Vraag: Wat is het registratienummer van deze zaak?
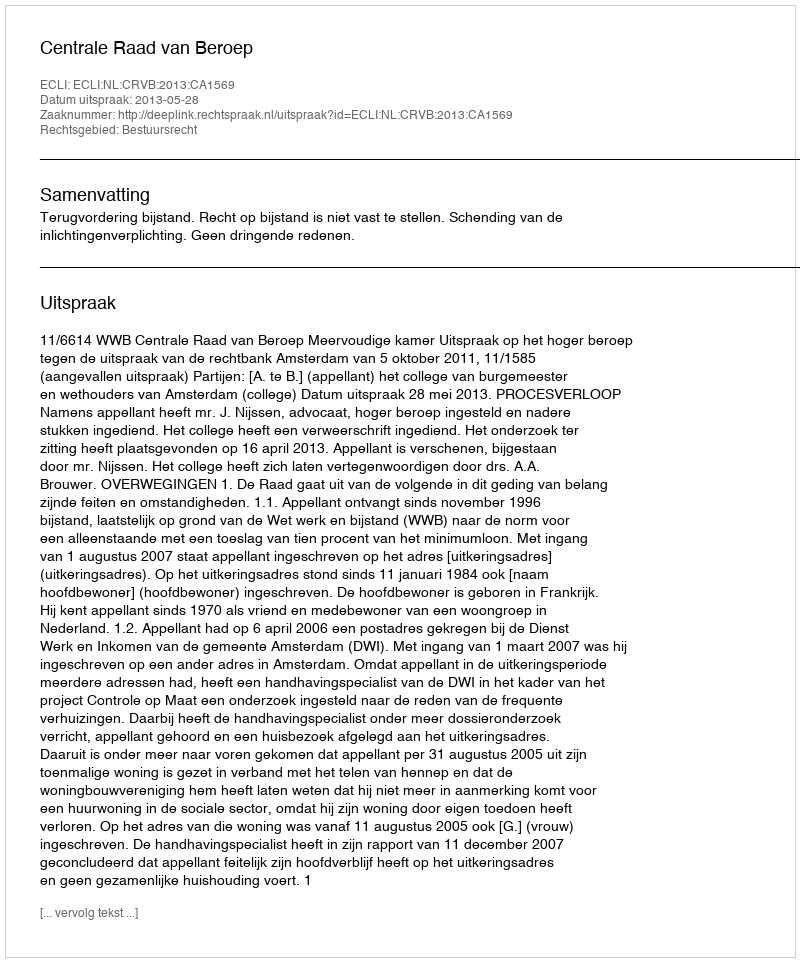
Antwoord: http://deeplink.rechtspraak.nl/uitspraak?id=ECLI:NL:CRVB:2013:CA1569